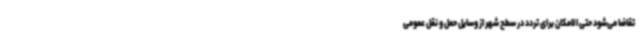
تقاضا می‌شود حتی الامکان برای تردد در سطح شهر از وسایل حمل و نقل عمومی